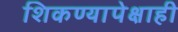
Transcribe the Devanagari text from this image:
शिकण्यापेक्षाही